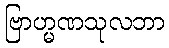
ဗြာဟ္မဏသုလဘာ